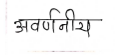
मजकूर: अवर्णनीय